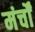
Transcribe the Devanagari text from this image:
मंर्चों